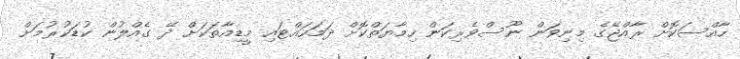
ހާއްސަކޮށް ރާއްޖޭގެ މިނިވަން ނޫސްވެރިކަން ހިމާޔަތްކޮށް ދަމަހައްޓައި މީޑިއާތަކަށް ދޭ ގެއްލުން ކުޑަކުރުމަށް